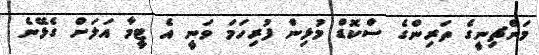
މަންޗިނީގެ ތަރިންގެ ސްކޮޑް މުޅިން ފުރިހަމަ ވަނީ އެ ޓީމާ އަލަށް ގެޅޭނެ